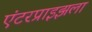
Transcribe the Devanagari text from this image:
एंटरप्राइझला